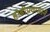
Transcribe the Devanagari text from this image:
होडीप्रवासाने